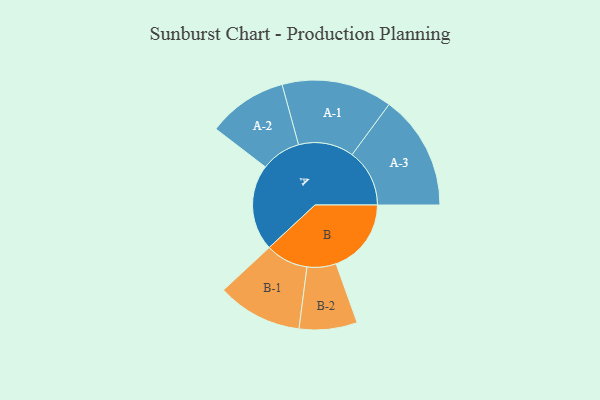
{"axis": {"x": "Segment", "y": "Value"}, "legend": ["", "A", "B"], "data": [{"x": "A", "y": 445, "type": ""}, {"x": "B", "y": 389, "type": ""}, {"x": "A-1", "y": 286, "type": "A"}, {"x": "A-2", "y": 206, "type": "A"}, {"x": "A-3", "y": 297, "type": "A"}, {"x": "B-1", "y": 220, "type": "B"}, {"x": "B-2", "y": 150, "type": "B"}]}